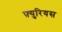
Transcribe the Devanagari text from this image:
फ़्युरियस